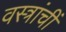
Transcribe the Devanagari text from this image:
वस्त्रांचीं